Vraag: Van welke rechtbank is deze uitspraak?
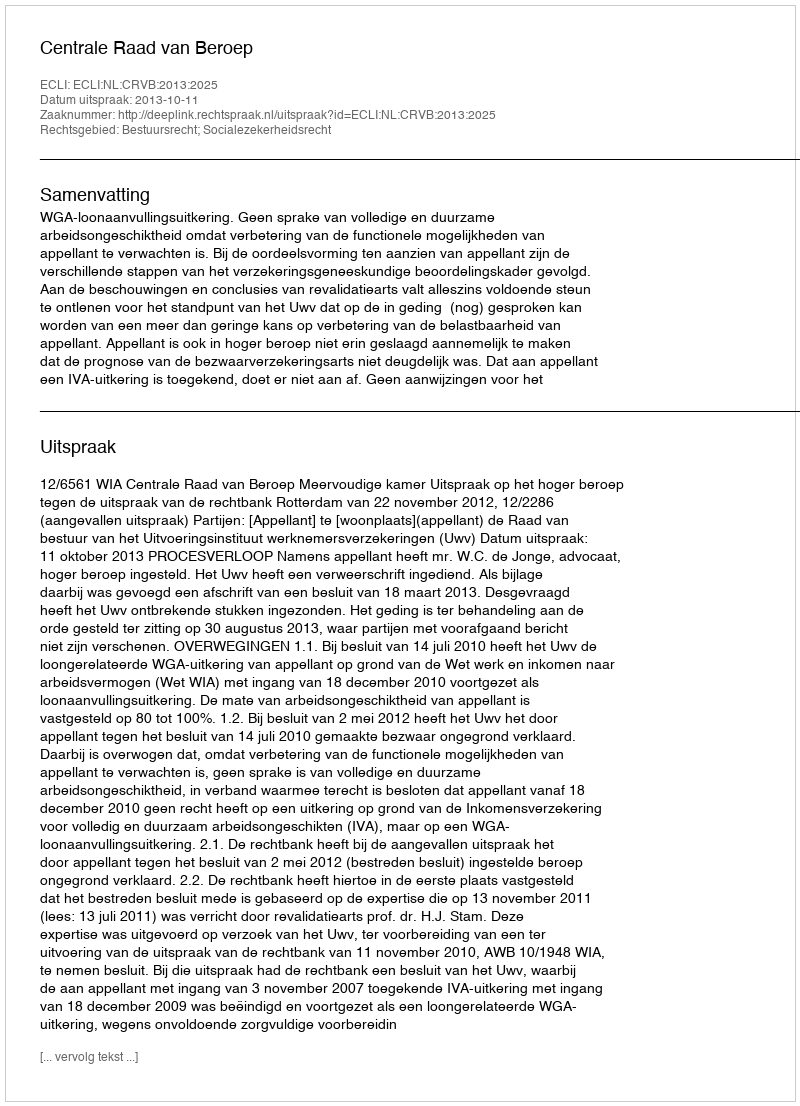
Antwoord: Centrale Raad van Beroep